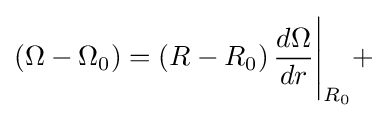
\left(\Omega -\Omega _{0}\right)=\left(R-R_{0}\right){\frac {d\Omega }{dr}}{\Bigg \vert }_{R_{0}}+